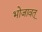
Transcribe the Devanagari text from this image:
भोजावत्